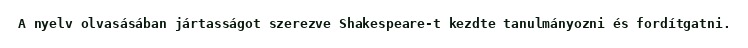
A nyelv olvasásában jártasságot szerezve Shakespeare-t kezdte tanulmányozni és fordítgatni.